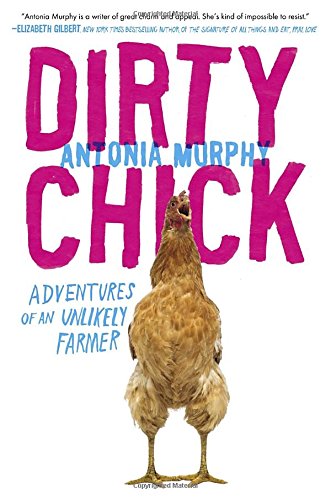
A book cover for Dirty Chick: Adventures of an Unlikely Farmer; Antonia Murphy; Biographies & Memoirs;